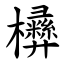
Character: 㰘